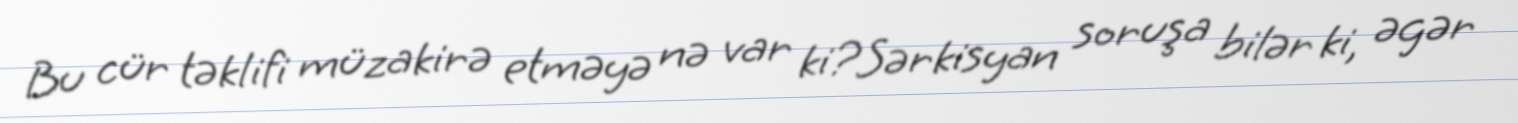
Bu cür təklifi müzakirə etməyə nə var ki?Sərkisyan soruşa bilər ki, əgər